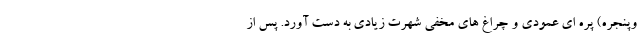
وپنجره) پره ای عمودی و چراغ های مخفی شهرت زیادی به دست آورد. پس از